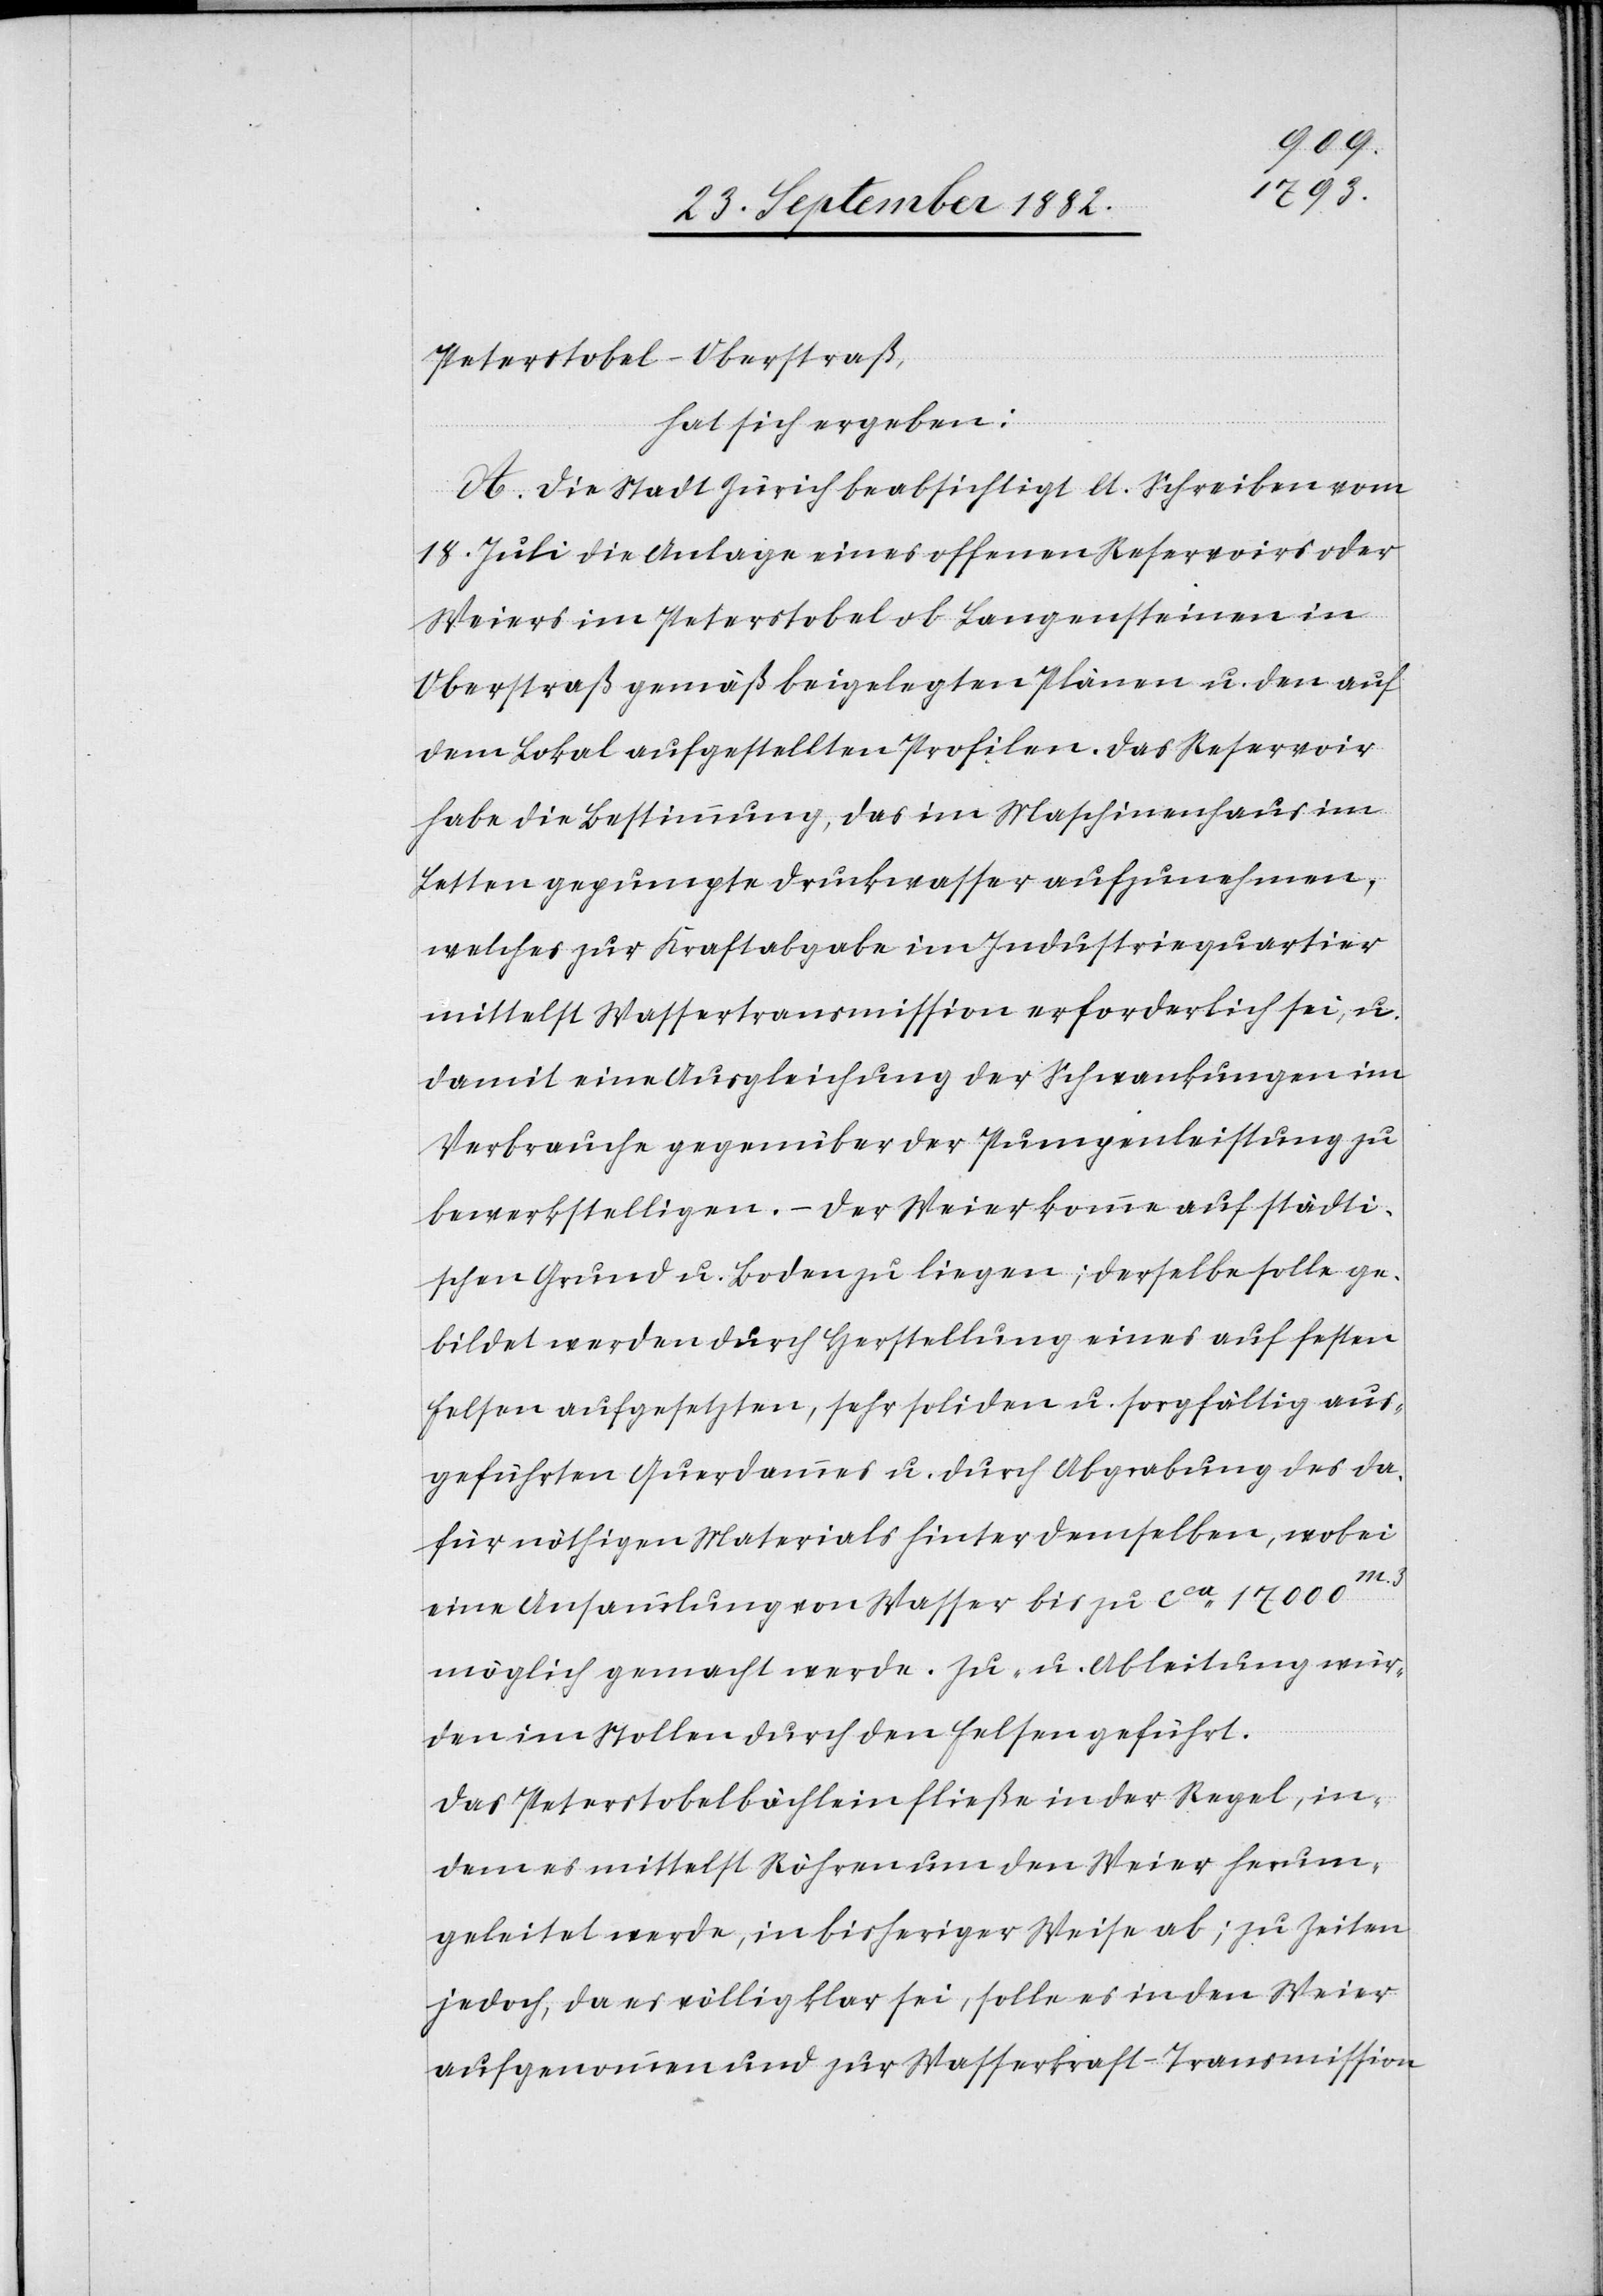
Peterstobel - Oberstraß,
hat sich ergeben:
A. Die Stadt Zürich beabsichtigt lt. Schreiben vom
18. Juli die Anlage eines offenen Reservoirs oder
Weiers im Peterstobel ob Langensteinen in
Oberstraß gemäß beigelegten Plänen u. den auf
dem Lokal aufgestellten Profilen. Das Reservoir
habe die Bestimmung, das im Maschinenhaus im
Letten gepumpte Druckwasser aufzunehmen,
welches zur Kraftabgabe im Industriequartier
mittelst Wassertransmission erforderlich sei, u.
damit eine Ausgleichung der Schwankungen im
Verbrauche gegenüber der Pumpenleistung zu
bewerkstelligen. – Der Weier komme auf städti¬
schen Grund u. Boden zu liegen; derselbe solle ge¬
bildet werden durch Herstellung eines auf festen
Felsen aufgesetzten, sehr soliden u. sorgfältig aus¬
geführten Querdammes u. durch Abgrabung des da¬
für nöthigen Materials hinter demselben, wobei
eine Ansammlung von Wasser bis zu ca 17000m3
möglich gemacht werde. Zu- u. Ableitung wür¬
den im Stollen durch den Felsen geführt.
Das Peterstobelbächlein fließe in der Regel, in¬
dem es mittelst Röhren um den Weier herum¬
geleitet werde, in bisheriger Weise ab; zu Zeiten
jedoch, da es völlig klar sei, solle es in den Weier
aufgenommen und zur Wasserkraft-Transmission